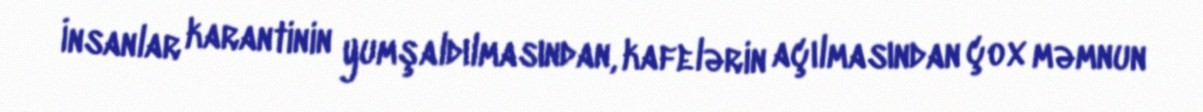
İnsanlar karantinin yumşaldılmasından, kafelərin açılmasından çox məmnun